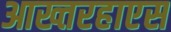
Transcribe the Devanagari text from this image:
आख्तरहाएस